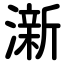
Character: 澵